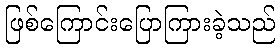
ဖြစ်ကြောင်းပြောကြားခဲ့သည်